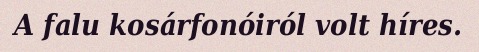
A falu kosárfonóiról volt híres.